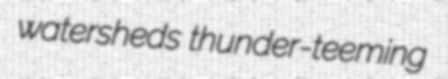
watersheds thunder-teeming